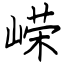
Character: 嵘